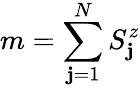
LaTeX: m=\sum_{\mathbf{j}=1}^{N}S_{\mathbf{j}}^{z}